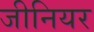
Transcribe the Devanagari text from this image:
जीनियर